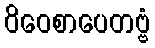
ဝိဝေစာပေတဗ္ဗံ